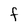
Character: F